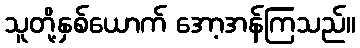
သူတို့နှစ်ယောက် အော့အန်ကြသည်။